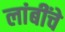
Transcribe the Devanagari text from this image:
लांबींचे